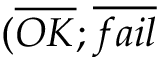
( \overline { { O K } } ; \overline { { f a i l } }